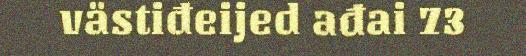
västiđeijed ađai 73